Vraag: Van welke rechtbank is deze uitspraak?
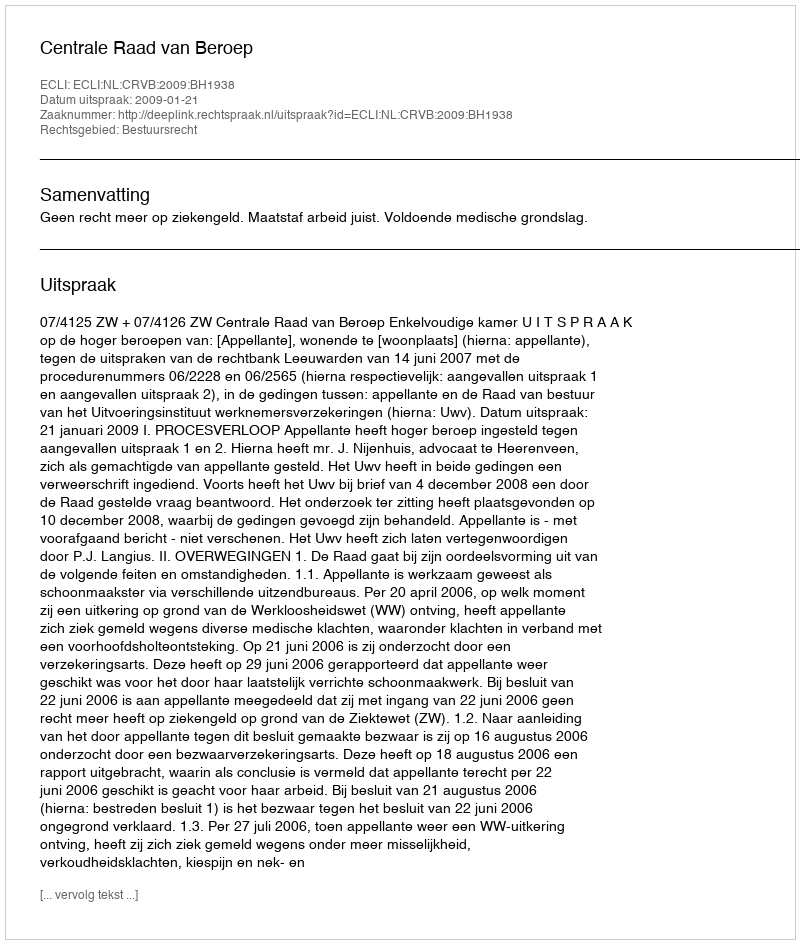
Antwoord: Centrale Raad van Beroep